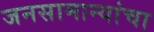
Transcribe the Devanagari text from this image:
जनसामान्यांचा